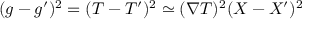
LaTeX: ( g - g ^ { \prime } ) ^ { 2 } = ( T - T ^ { \prime } ) ^ { 2 } \simeq ( \nabla T ) ^ { 2 } ( X - X ^ { \prime } ) ^ { 2 }